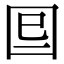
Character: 𡇆